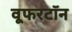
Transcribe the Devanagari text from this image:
वूफरटॉन